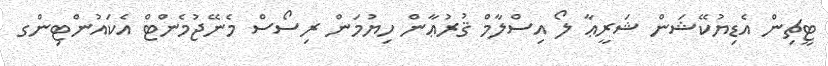
ޓީޗިން އެޑިޔުކޭޝަން ޝަރީޢާ ލޯ އިސްލާމް ޤުރުޢާން ހިޔުމަން ރިސޯސް މެނޭޖުމެންޓް އެކައުންޓިންގ